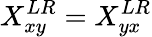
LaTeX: X_{xy}^{LR}=X_{yx}^{LR}